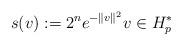
LaTeX: \begin{align*}s(v) := 2^ne^{-\|v\|^2}v\in H_p^*\end{align*}